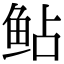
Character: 鲇